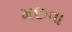
મછવા